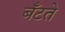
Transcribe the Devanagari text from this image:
बँटते